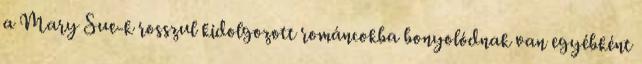
a Mary Sue-k rosszul kidolgozott románcokba bonyolódnak van egyébként